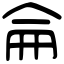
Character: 侖